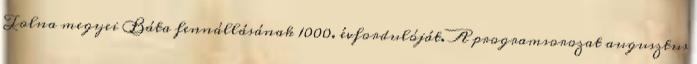
Tolna megyei Báta fennállásának 1000. évfordulóját. A programsorozat augusztus